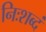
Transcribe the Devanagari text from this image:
निःशब्दं